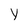
Character: y